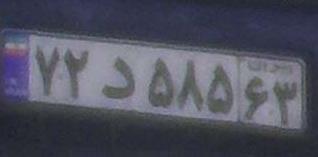
۷۲د۵۸۵۶۳